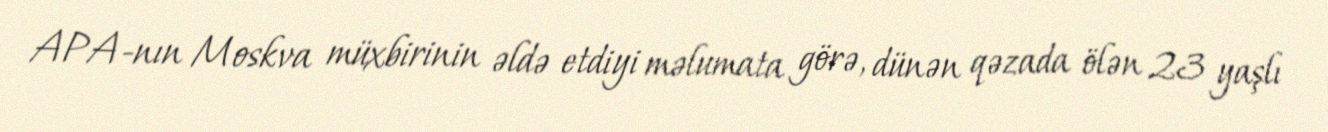
APA-nın Moskva müxbirinin əldə etdiyi məlumata görə, dünən qəzada ölən 23 yaşlı